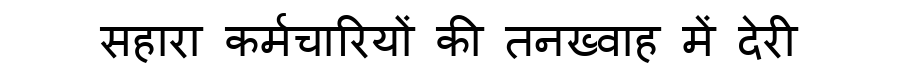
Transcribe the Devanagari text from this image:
सहारा कर्मचारियों की तनख्वाह में देरी